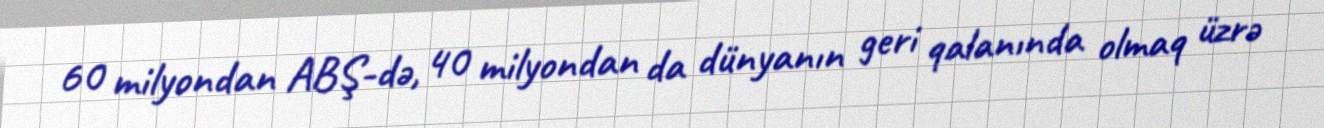
60 milyondan ABŞ-də, 40 milyondan da dünyanın geri qalanında olmaq üzrə